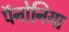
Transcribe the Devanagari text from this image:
पॅनोनिया